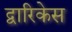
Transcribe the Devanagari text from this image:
द्वारिकेस